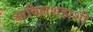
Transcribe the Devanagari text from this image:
आदिलशहाशी